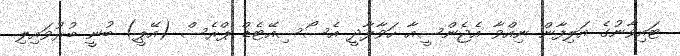
ޓައިވާނުގެ އަލިފާން ނިއްވާ އެޖެންސީއާ ހަވާލާދީ އެސޯސިއޭޓެޑް ޕްރެސް (އޭޕީ) ބުނީ ބުރުވައިލި